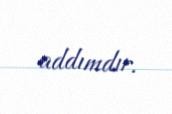
addımdır.